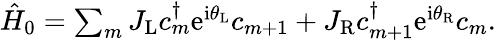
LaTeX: \begin{array}{r}{\hat{H}_{0}=\sum_{m}J_{\mathrm{L}}c_{m}^{\dagger}\mathrm{e}^{\mathrm{i}\theta_{\mathrm{L}}}c_{m+1}+J_{\mathrm{R}}c_{m+1}^{\dagger}\mathrm{e}^{\mathrm{i}\theta_{\mathrm{R}}}c_{m}.}\end{array}